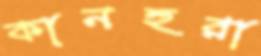
কানহুরা